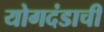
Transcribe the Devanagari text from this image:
योगदंडाची